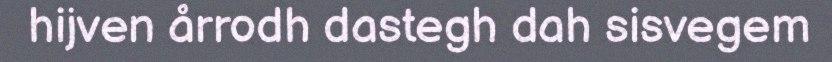
hijven årrodh dastegh dah sisvegem